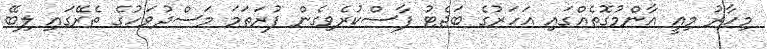
މިހާރު މިއީ އާންމުގޮތެއްގައި އަހަރުގެ ބަޖެޓު ފާސްކުރެވިގެން ފުރަތަމަ މަސްދުވަހުގެ ތެރޭގައި ލިބޭ